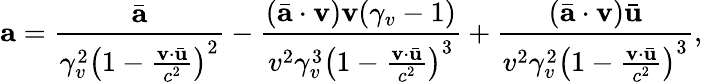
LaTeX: \mathbf{a}=\frac{\bar{\mathbf{a}}}{\gamma_{v}^{2}\left(1-\frac{\mathbf{v}\cdot\bar{\mathbf{u}}}{c^{2}}\right)^{2}}-\frac{(\bar{\mathbf{a}}\cdot\mathbf{v})\mathbf{v}(\gamma_{v}-1)}{v^{2}\gamma_{v}^{3}\left(1-\frac{\mathbf{v}\cdot\bar{\mathbf{u}}}{c^{2}}\right)^{3}}+\frac{(\bar{\mathbf{a}}\cdot\mathbf{v})\bar{\mathbf{u}}}{v^{2}\gamma_{v}^{2}\left(1-\frac{\mathbf{v}\cdot\bar{\mathbf{u}}}{c^{2}}\right)^{3}},